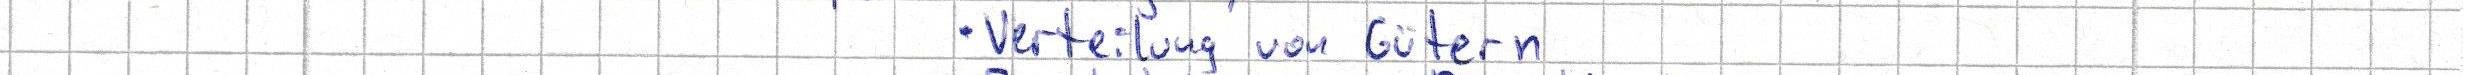
Verteilung von Gütern